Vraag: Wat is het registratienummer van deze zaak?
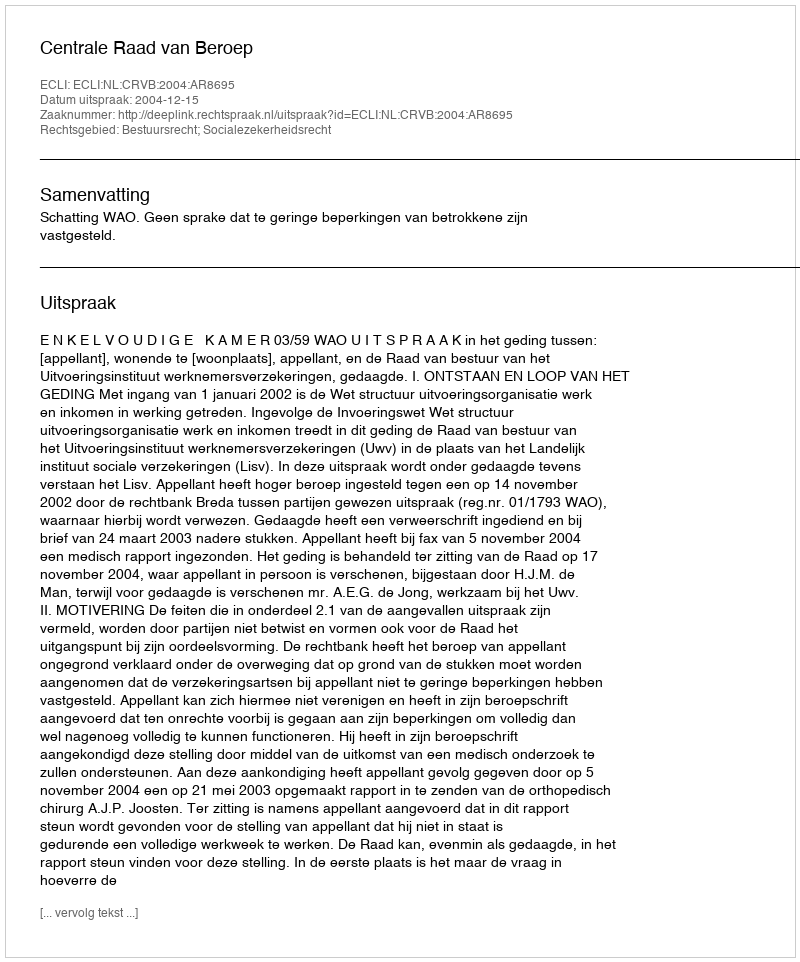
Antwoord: http://deeplink.rechtspraak.nl/uitspraak?id=ECLI:NL:CRVB:2004:AR8695